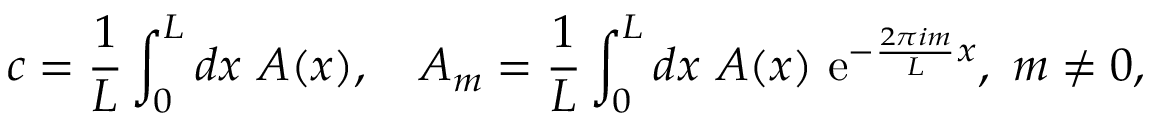
c = \frac { 1 } { L } \int _ { 0 } ^ { L } d x \ A ( x ) , \quad A _ { m } = \frac { 1 } { L } \int _ { 0 } ^ { L } d x \ A ( x ) \ \mathrm { e } ^ { - \frac { 2 \pi i m } { L } x } , \ m \neq 0 ,